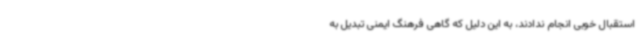
استقبال خوبی انجام ندادند، به این دلیل که گاهی فرهنگ ایمنی تبدیل به